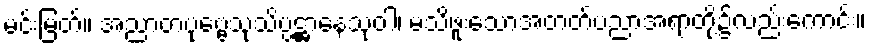
မင်းမြတ်။ အညာတပုဗ္ဗေသုသိပ္ပဋ္ဌာနေသုဝါ၊ မသိဖူးသောအတတ်ပညာအရာတို့၌လည်းကောင်း။